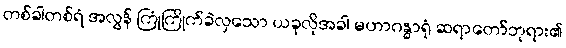
တစ်ခါတစ်ရံ အလွန် ကြုံကြိုက်ခဲလှသော ယခုလိုအခါ မဟာဂန္ဓာရုံ ဆရာတော်ဘုရား၏